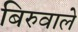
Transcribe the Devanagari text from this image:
बिरुवाले